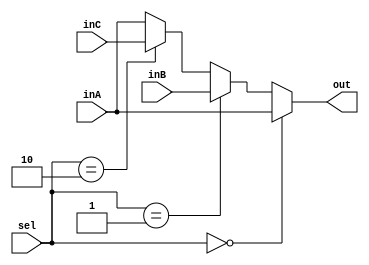
`timescale 1ns / 1ps
//////////////////////////////////////////////////////////////////////////////////
// Company: 
// Engineer: 
// 
// Design Name: 
// Module Name: Mux32Bit3To1
// Project Name: 
// Target Devices: 
// Tool Versions: 
// Description: 
// 
// Dependencies: 
// 
// Revision:
// Revision 0.01 - File Created
// Additional Comments:
// 
//////////////////////////////////////////////////////////////////////////////////


module Mux32Bit3To1(inA,inB,inC,out, sel);

    output reg [31:0] out;
    
    input [31:0] inA;
    input [31:0] inB;
    input [31:0] inC;
    input [1:0] sel;
    
    always@(*) begin
        if (sel == 2'b00) begin // changed
            out <= inA;
        end
        else if (sel == 2'b01) begin
            out <= inB;
        end
        else if(sel == 2'b10) begin
            out <= inC;
        end
        else begin out <= inA; end
    end 

endmodule